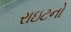
રાઇટનો